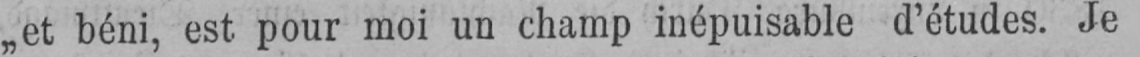
„et béni, est pour moi un champ inépuisable d’études. Je